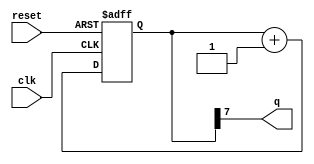
module set_disable_timing_sdc_test (
    input wire clk,
    input wire reset,
    output wire q
);

reg [7:0] counter = 8'b0;

always @(posedge clk or posedge reset) begin
    if (reset)
        counter <= 8'b0;
    else
        counter <= counter + 1;
end

assign q = counter[7];

endmodule